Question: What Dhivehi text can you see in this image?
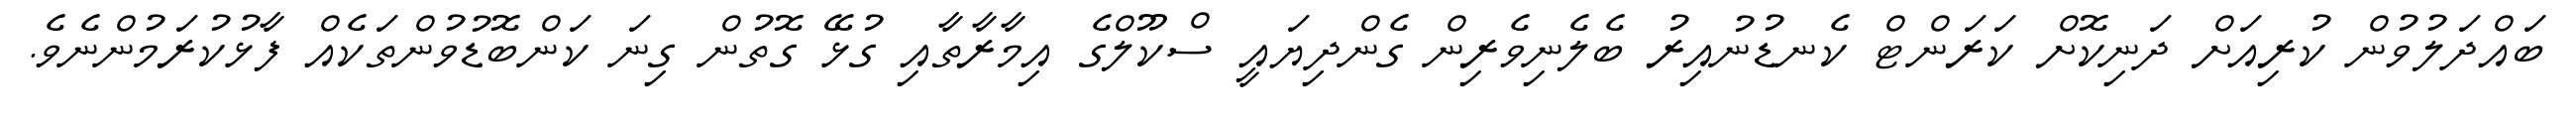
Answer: ބައްދަލުވުން ކުރިއަށް ދަނިކޮށް ކަރަންޓް ކެނޑުނުއިރު ބެލެނިވެރިން ގެންދިޔައީ ސްކޫލްގެ އިމާރާތާއި ގުޅޭ ގޮތުން ގިނަ ކަންބޮޑުވުންތަކެއް ފާޅުކުރަމުންނެވެ.